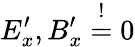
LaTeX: E_{x}^{\prime},B_{x}^{\prime}\overset{!}{=}0